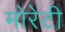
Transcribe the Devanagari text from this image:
मोरेटी